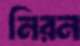
নিরন